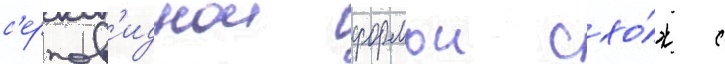
с'ерпов'иднои формои схо́ж с